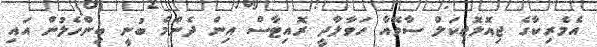
އެމެރިކާގެ ޖިއޮލޮޖިކަލް ސާވޭއާ ހަވާލާދީ ރޮއިޓާސް އިން ދެންމެ ބުނީ ބިންހެލުން އައި